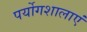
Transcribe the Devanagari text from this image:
पर्योगशालाएं